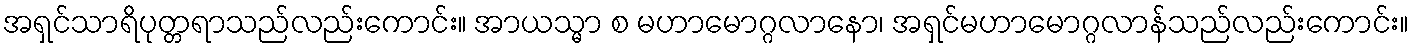
အရှင်သာရိပုတ္တရာသည်လည်းကောင်း။ အာယသ္မာ စ မဟာမောဂ္ဂလာနော၊ အရှင်မဟာမောဂ္ဂလာန်သည်လည်းကောင်း။